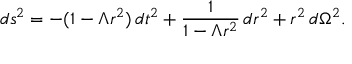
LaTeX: d s ^ { 2 } = - ( 1 - \Lambda r ^ { 2 } ) \, d t ^ { 2 } + { \frac { 1 } { 1 - \Lambda r ^ { 2 } } } \, d r ^ { 2 } + r ^ { 2 } \, d \Omega ^ { 2 } .